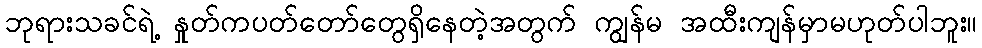
ဘုရားသခင်ရဲ့ နှုတ်ကပတ်တော်တွေရှိနေတဲ့အတွက် ကျွန်မ အထီးကျန်မှာမဟုတ်ပါဘူး။